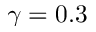
\gamma = 0 . 3